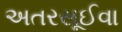
અતરસૂઈવા